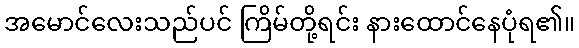
အမောင်လေးသည်ပင် ကြိမ်တို့ရင်း နားထောင်နေပုံရ၏။